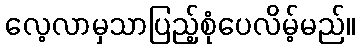
လေ့လာမှသာပြည့်စုံပေလိမ့်မည်။